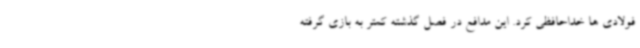
فولادی ها خداحافظی کرد. این مدافع در فصل گذشته کمتر به بازی گرفته